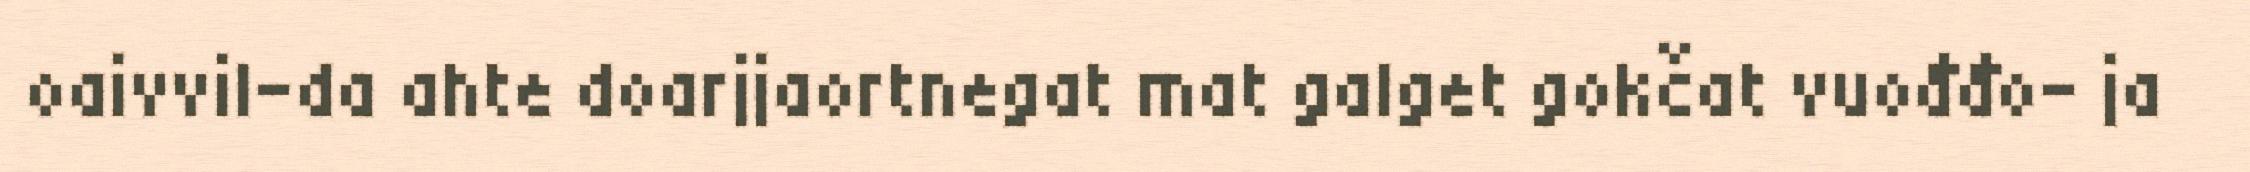
oaivvil-da ahte doarjjaortnegat mat galget gokčat vuođđo- ja